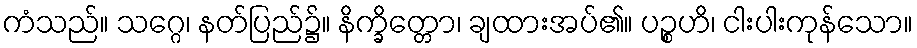
ကံသည်။ သဂ္ဂေ၊ နတ်ပြည်၌။ နိက္ခိတ္တော၊ ချထားအပ်၏။ ပဉ္စဟိ၊ ငါးပါးကုန်သော။